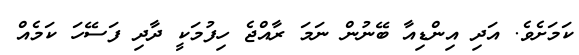
ކަމަށެވެ. އަދި އިންޑިއާ ބޭނުން ނަމަ ރާއްޖެ ހިފުމަކީ ދާދި ފަސޭހަ ކަމެއް